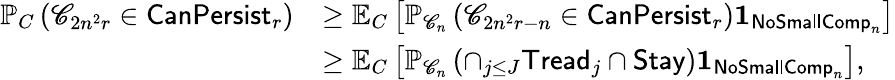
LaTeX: \begin{array}{rl}{\mathbb{P}_{C}\left(\mathscr{C}_{2n^{2}r}\in\mathsf{CanPersist}_{r}\right)}&{\geq\mathbb{E}_{C}\left[\mathbb{P}_{\mathscr{C}_{n}}\left(\mathscr{C}_{2n^{2}r-n}\in\mathsf{CanPersist}_{r}\right)\mathbf{1}_{\mathsf{NoSmallComp}_{n}}\right]}\\ &{\geq\mathbb{E}_{C}\left[\mathbb{P}_{\mathscr{C}_{n}}\left(\cap_{j\leq J}\mathsf{Tread}_{j}\cap\mathsf{Stay}\right)\mathbf{1}_{\mathsf{NoSmallComp}_{n}}\right],}\end{array}